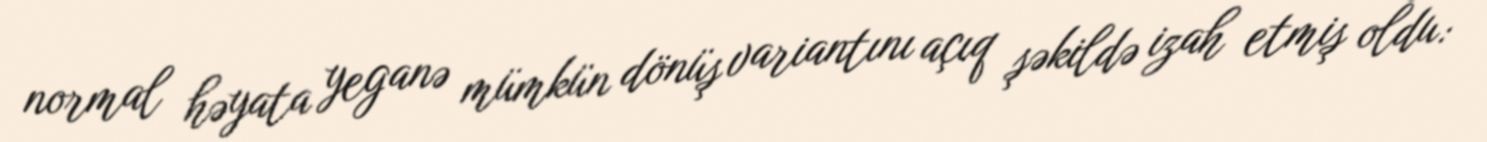
normal həyata yeganə mümkün dönüş variantını açıq şəkildə izah etmiş oldu: